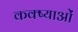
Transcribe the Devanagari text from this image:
कक्ष्याओं